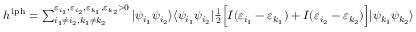
\begin{array} { r } { h ^ { \mathrm { 1 p h } } = \sum _ { i _ { 1 } \neq i _ { 2 } , k _ { 1 } \neq k _ { 2 } } ^ { \varepsilon _ { i _ { 1 } } , \varepsilon _ { i _ { 2 } } , \varepsilon _ { k _ { 1 } } , \varepsilon _ { k _ { 2 } } > 0 } | \psi _ { i _ { 1 } } \psi _ { i _ { 2 } } \rangle \langle \psi _ { i _ { 1 } } \psi _ { i _ { 2 } } | \frac { 1 } { 2 } \Big [ I ( \varepsilon _ { i _ { 1 } } - \varepsilon _ { k _ { 1 } } ) + I ( \varepsilon _ { i _ { 2 } } - \varepsilon _ { k _ { 2 } } ) \Big ] | \psi _ { k _ { 1 } } \psi _ { k _ { 2 } } \rangle \langle \psi _ { k _ { 1 } } \psi _ { k _ { 2 } } | \, , } \end{array}